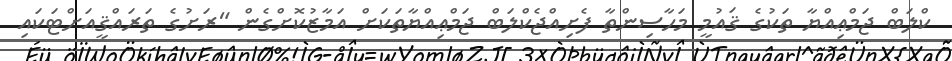
ކްލަބް ޖަމްޢިއްޔާ ތަކުގެ ޤައުމީ މަހާސިންތާ ފެށިއްޖެކްލަބް ޖަމްޢިއްޔާތަކަށް އަމާޒުކޮށްގެން "ރަށުގެ ތަރައްޤީއަށްޓަކައި